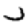
Digit: 2